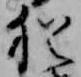
猶